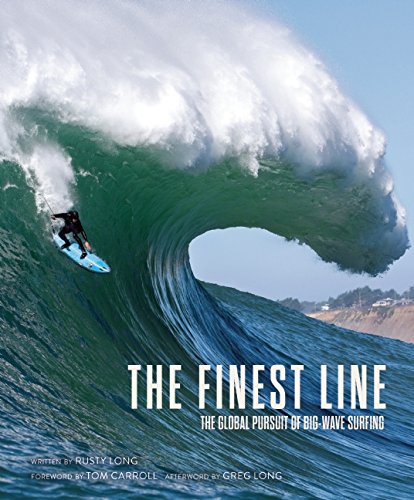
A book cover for The Finest Line: The Global Pursuit of Big-Wave Surfing; Rusty Long; Sports & Outdoors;